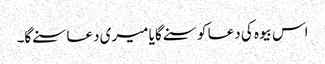
اس بیوہ کی دعا کو سنے گا یا میری دعا سنے گا۔